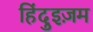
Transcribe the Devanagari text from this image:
हिंदुइज़म